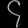
Digit: ၄